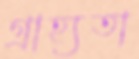
গ্রাহ্যতা